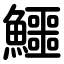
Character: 鱷